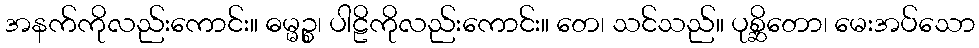
အနက်ကိုလည်းကောင်း။ ဓမ္မဉ္စ၊ ပါဠိကိုလည်းကောင်း။ တေ၊ သင်သည်။ ပုစ္ဆိတော၊ မေးအပ်သော